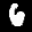
Label: 6